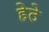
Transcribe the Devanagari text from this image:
हेठे